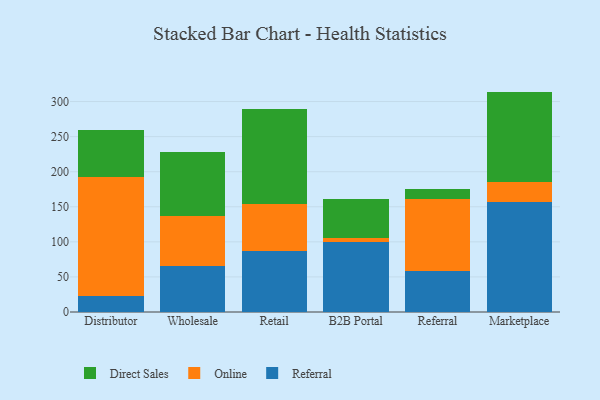
{"axis": {"x": "Channel", "y": "Production Output"}, "legend": ["Direct Sales", "Online", "Referral"], "data": [{"x": "Distributor", "y": 23.1, "type": "Referral"}, {"x": "Distributor", "y": 169.9, "type": "Online"}, {"x": "Distributor", "y": 66.4, "type": "Direct Sales"}, {"x": "Wholesale", "y": 65.7, "type": "Referral"}, {"x": "Wholesale", "y": 71.4, "type": "Online"}, {"x": "Wholesale", "y": 91.7, "type": "Direct Sales"}, {"x": "Retail", "y": 86.5, "type": "Referral"}, {"x": "Retail", "y": 67.3, "type": "Online"}, {"x": "Retail", "y": 134.9, "type": "Direct Sales"}, {"x": "B2B Portal", "y": 99.6, "type": "Referral"}, {"x": "B2B Portal", "y": 5.3, "type": "Online"}, {"x": "B2B Portal", "y": 56.8, "type": "Direct Sales"}, {"x": "Referral", "y": 58.5, "type": "Referral"}, {"x": "Referral", "y": 103.1, "type": "Online"}, {"x": "Referral", "y": 13.1, "type": "Direct Sales"}, {"x": "Marketplace", "y": 156.4, "type": "Referral"}, {"x": "Marketplace", "y": 28.9, "type": "Online"}, {"x": "Marketplace", "y": 128.9, "type": "Direct Sales"}]}